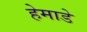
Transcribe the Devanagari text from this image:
हेमाडे